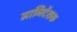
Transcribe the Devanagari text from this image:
मार्निर्देशक